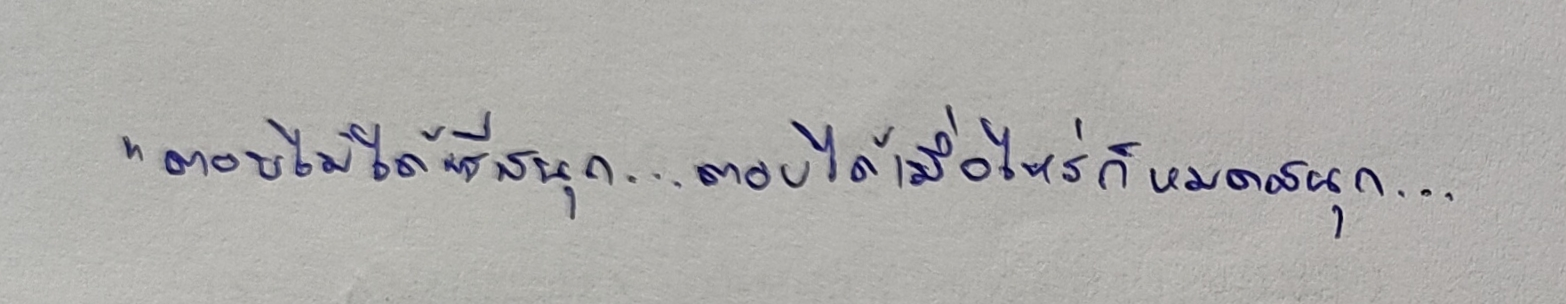
"ตอบไม่ได้ซีสนุก...ตอบได้เมื่อไหร่ก็หมดสนุก...